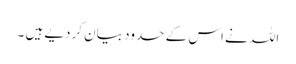
اللہ نے اس کے حدود بیان کردیے ہیں ۔